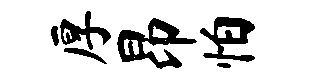
厚昂怕